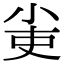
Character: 𡭭